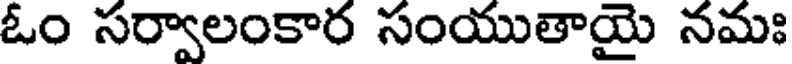
ఓం సర్వాలంకార సంయుతాయై నమః